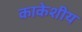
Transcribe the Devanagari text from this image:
काकेशीय